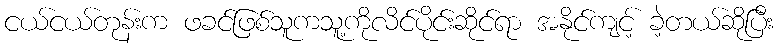
ငယ်ငယ်တုန်းက ဖခင်ဖြစ်သူကသူ့ကိုလိင်ပိုင်းဆိုင်ရာ အနိုင်ကျင့် ခဲ့တယ်ဆိုပြီး